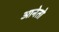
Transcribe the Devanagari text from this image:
आनेतो